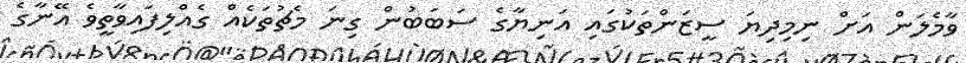
ވާމެލަން އަށް ނިމިދިޔަ ސީޒަންތަކުގައި އަނިޔާގެ ސަބަބުން ގިނަ މެޗުތަކެއް ގެއްލިފައިވާތީވެ އޭނާގެ